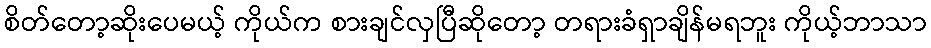
စိတ်တော့ဆိုးပေမယ့် ကိုယ်က စားချင်လှပြီဆိုတော့ တရားခံရှာချိန်မရဘူး ကိုယ့်ဘာသာ